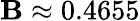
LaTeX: \mathbf{B}\approx0.4655